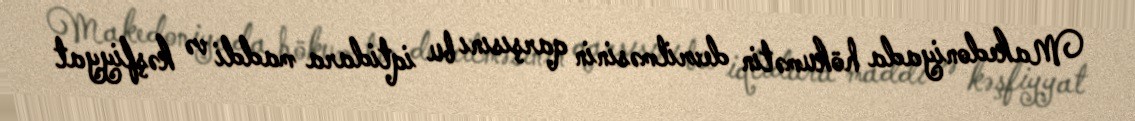
Makedoniyada hökumətin devrilməsinin qarşısını bu iqtidara maddi və kəşfiyyat